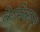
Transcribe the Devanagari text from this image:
केमिकल्‍स